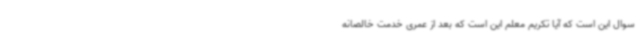
سوال این است که آیا تکریم معلم این است که بعد از عمری خدمت خالصانه